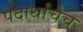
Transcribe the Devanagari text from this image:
पदार्थांचेच